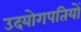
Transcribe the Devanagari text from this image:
उदयोगपतियों